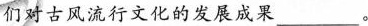
们对古风流行文化的发展成果___。